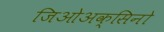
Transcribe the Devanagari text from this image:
जिओअक्सिनो